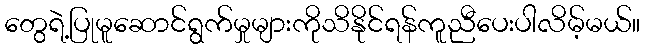
တွေရဲ့ပြုမူဆောင်ရွက်မှုများကိုသိနိုင်ရန်ကူညီပေးပါလိမ့်မယ်။